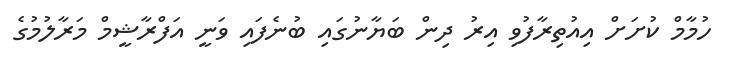
ހުމާމް ކުށަށް އިއުތިރާފުވި އިރު ދިން ބަޔާނުގައި ބުނެފައި ވަނީ އަފްރާޝީމް މަރާލުމުގެ